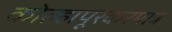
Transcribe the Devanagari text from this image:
कोल्हापूरकरमात्र